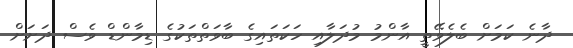
ދާނެ ކަމަށް ބެލެވޭތީ އާންމު މުދަލާއި ހަކަތައިގެ ބާވަތްތަކުގެ ޑިމާންޑް ވެސް ދަށަށް